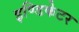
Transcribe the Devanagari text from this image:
इण्डिकेटर